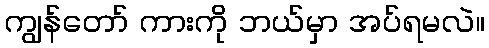
ကျွန်တော် ကားကို ဘယ်မှာ အပ်ရမလဲ။